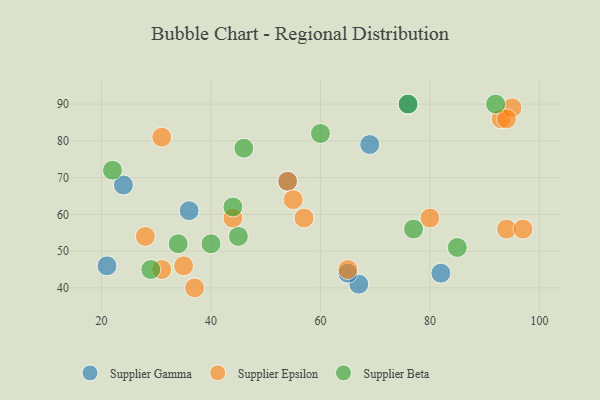
{"axis": {"x": "GDP", "y": "Life Expectancy"}, "legend": ["Supplier Beta", "Supplier Epsilon", "Supplier Gamma"], "data": [{"x": "67", "y": 41, "type": "Supplier Gamma"}, {"x": "24", "y": 68, "type": "Supplier Gamma"}, {"x": "36", "y": 61, "type": "Supplier Gamma"}, {"x": "76", "y": 90, "type": "Supplier Gamma"}, {"x": "21", "y": 46, "type": "Supplier Gamma"}, {"x": "54", "y": 69, "type": "Supplier Gamma"}, {"x": "69", "y": 79, "type": "Supplier Gamma"}, {"x": "65", "y": 44, "type": "Supplier Gamma"}, {"x": "82", "y": 44, "type": "Supplier Gamma"}, {"x": "93", "y": 86, "type": "Supplier Epsilon"}, {"x": "65", "y": 45, "type": "Supplier Epsilon"}, {"x": "57", "y": 59, "type": "Supplier Epsilon"}, {"x": "95", "y": 89, "type": "Supplier Epsilon"}, {"x": "94", "y": 86, "type": "Supplier Epsilon"}, {"x": "54", "y": 69, "type": "Supplier Epsilon"}, {"x": "37", "y": 40, "type": "Supplier Epsilon"}, {"x": "35", "y": 46, "type": "Supplier Epsilon"}, {"x": "31", "y": 45, "type": "Supplier Epsilon"}, {"x": "94", "y": 56, "type": "Supplier Epsilon"}, {"x": "80", "y": 59, "type": "Supplier Epsilon"}, {"x": "44", "y": 59, "type": "Supplier Epsilon"}, {"x": "97", "y": 56, "type": "Supplier Epsilon"}, {"x": "28", "y": 54, "type": "Supplier Epsilon"}, {"x": "31", "y": 81, "type": "Supplier Epsilon"}, {"x": "55", "y": 64, "type": "Supplier Epsilon"}, {"x": "46", "y": 78, "type": "Supplier Beta"}, {"x": "29", "y": 45, "type": "Supplier Beta"}, {"x": "45", "y": 54, "type": "Supplier Beta"}, {"x": "44", "y": 62, "type": "Supplier Beta"}, {"x": "85", "y": 51, "type": "Supplier Beta"}, {"x": "22", "y": 72, "type": "Supplier Beta"}, {"x": "60", "y": 82, "type": "Supplier Beta"}, {"x": "76", "y": 90, "type": "Supplier Beta"}, {"x": "92", "y": 90, "type": "Supplier Beta"}, {"x": "40", "y": 52, "type": "Supplier Beta"}, {"x": "77", "y": 56, "type": "Supplier Beta"}, {"x": "34", "y": 52, "type": "Supplier Beta"}]}